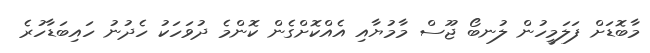
މާބޮޑަށް ފަލަމީހުން ލުނބޯ ޖޫސް މާމުޔާއި އެއްކޮށްގެން ކޮންމެ ދުވަހަކު ހެދުނު ހައިބަޑާހުރެ